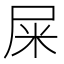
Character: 屎